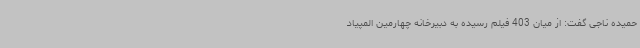
حمیده ناجی گفت: از میان 403 فیلم رسیده به دبیرخانه چهارمین المپیاد